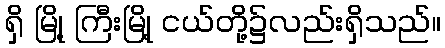
ရှိ မြို့ ကြီးမြို့ ငယ်တို့၌လည်းရှိသည်။